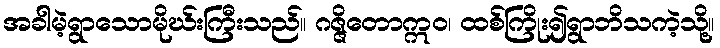
အခါမဲ့ရွာသောမိုဃ်းကြီးသည်။ ဂဇ္ဇိတောဣဝ၊ ထစ်ကြိုး၍ရွာဘိသကဲ့သို့။